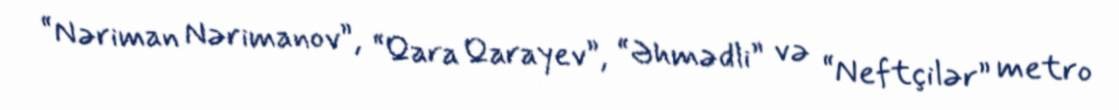
“Nəriman Nərimanov”, “Qara Qarayev”, “Əhmədli” və “Neftçilər” metro